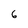
Character: 6